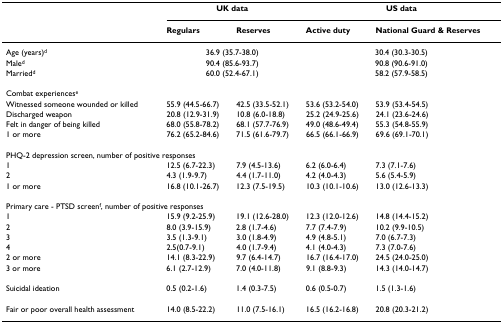
<table><thead><tr><td></td><td colspan="2"><b>UK data</b></td><td colspan="2"><b>US data</b></td></tr><tr><td></td><td><b>Regulars</b></td><td><b>Reserves</b></td><td><b>Active duty</b></td><td><b>National Guard &amp; Reserves</b></td></tr></thead><tbody><tr><td>Age (years)<sup>d</sup></td><td colspan="2">36.9 (35.7-38.0)</td><td colspan="2">30.4 (30.3-30.5)</td></tr><tr><td>Male<sup>d</sup></td><td colspan="2">90.4 (85.6-93.7)</td><td colspan="2">90.8 (90.6-91.0)</td></tr><tr><td>Married<sup>d</sup></td><td colspan="2">60.0 (52.4-67.1)</td><td colspan="2">58.2 (57.9-58.5)</td></tr><tr><td colspan="5">Combat experiences<sup>e</sup></td></tr><tr><td>Witnessed someone wounded or killed</td><td>55.9 (44.5-66.7)</td><td>42.5 (33.5-52.1)</td><td>53.6 (53.2-54.0)</td><td>53.9 (53.4-54.5)</td></tr><tr><td>Discharged weapon</td><td>20.8 (12.9-31.9)</td><td>10.8 (6.0-18.8)</td><td>25.2 (24.9-25.6)</td><td>24.1 (23.6-24.6)</td></tr><tr><td>Felt in danger of being killed</td><td>68.0 (55.8-78.2)</td><td>68.1 (57.7-76.9)</td><td>49.0 (48.6-49.4)</td><td>55.3 (54.8-55.9)</td></tr><tr><td>1 or more</td><td>76.2 (65.2-84.6)</td><td>71.5 (61.6-79.7)</td><td>66.5 (66.1-66.9)</td><td>69.6 (69.1-70.1)</td></tr><tr><td colspan="5">PHQ-2 depression screen, number of positive responses</td></tr><tr><td>1</td><td>12.5 (6.7-22.3)</td><td>7.9 (4.5-13.6)</td><td>6.2 (6.0-6.4)</td><td>7.3 (7.1-7.6)</td></tr><tr><td>2</td><td>4.3 (1.9-9.7)</td><td>4.4 (1.7-11.0)</td><td>4.2 (4.0-4.3)</td><td>5.6 (5.4-5.9)</td></tr><tr><td>1 or more</td><td>16.8 (10.1-26.7)</td><td>12.3 (7.5-19.5)</td><td>10.3 (10.1-10.6)</td><td>13.0 (12.6-13.3)</td></tr><tr><td colspan="5">Primary care - PTSD screen<sup>f</sup>, number of positive responses</td></tr><tr><td>1</td><td>15.9 (9.2-25.9)</td><td>19.1 (12.6-28.0)</td><td>12.3 (12.0-12.6)</td><td>14.8 (14.4-15.2)</td></tr><tr><td>2</td><td>8.0 (3.9-15.9)</td><td>2.8 (1.7-4.6)</td><td>7.7 (7.4-7.9)</td><td>10.2 (9.9-10.5)</td></tr><tr><td>3</td><td>3.5 (1.3-9.1)</td><td>3.0 (1.8-4.9)</td><td>4.9 (4.8-5.1)</td><td>7.0 (6.7-7.3)</td></tr><tr><td>4</td><td>2.5(0.7-9.1)</td><td>4.0 (1.7-9.4)</td><td>4.1 (4.0-4.3)</td><td>7.3 (7.0-7.6)</td></tr><tr><td>2 or more</td><td>14.1 (8.3-22.9)</td><td>9.7 (6.4-14.7)</td><td>16.7 (16.4-17.0)</td><td>24.5 (24.0-25.0)</td></tr><tr><td>3 or more</td><td>6.1 (2.7-12.9)</td><td>7.0 (4.0-11.8)</td><td>9.1 (8.8-9.3)</td><td>14.3 (14.0-14.7)</td></tr><tr><td>Suicidal ideation</td><td>0.5 (0.2-1.6)</td><td>1.4 (0.3-7.5)</td><td>0.6 (0.5-0.7)</td><td>1.5 (1.3-1.6)</td></tr><tr><td>Fair or poor overall health assessment</td><td>14.0 (8.5-22.2)</td><td>11.0 (7.5-16.1)</td><td>16.5 (16.2-16.8)</td><td>20.8 (20.3-21.2)</td></tr></tbody></table>